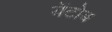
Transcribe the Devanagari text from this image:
येंटोब